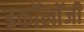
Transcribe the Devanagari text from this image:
इकाॅलाॅजी